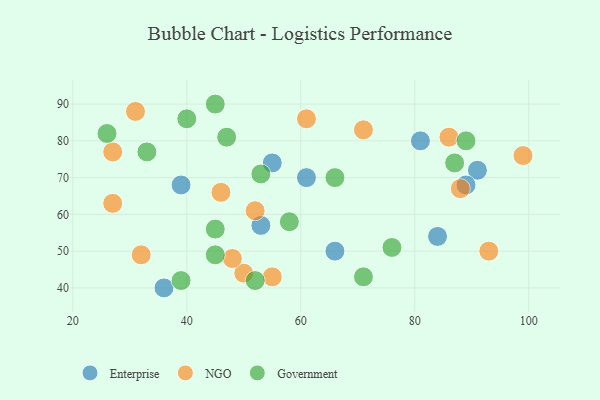
{"axis": {"x": "GDP", "y": "Life Expectancy"}, "legend": ["Enterprise", "Government", "NGO"], "data": [{"x": "84", "y": 54, "type": "Enterprise"}, {"x": "81", "y": 80, "type": "Enterprise"}, {"x": "55", "y": 74, "type": "Enterprise"}, {"x": "61", "y": 70, "type": "Enterprise"}, {"x": "66", "y": 50, "type": "Enterprise"}, {"x": "39", "y": 68, "type": "Enterprise"}, {"x": "53", "y": 57, "type": "Enterprise"}, {"x": "91", "y": 72, "type": "Enterprise"}, {"x": "36", "y": 40, "type": "Enterprise"}, {"x": "89", "y": 68, "type": "Enterprise"}, {"x": "31", "y": 88, "type": "NGO"}, {"x": "27", "y": 77, "type": "NGO"}, {"x": "50", "y": 44, "type": "NGO"}, {"x": "46", "y": 66, "type": "NGO"}, {"x": "61", "y": 86, "type": "NGO"}, {"x": "86", "y": 81, "type": "NGO"}, {"x": "99", "y": 76, "type": "NGO"}, {"x": "71", "y": 83, "type": "NGO"}, {"x": "93", "y": 50, "type": "NGO"}, {"x": "52", "y": 61, "type": "NGO"}, {"x": "55", "y": 43, "type": "NGO"}, {"x": "27", "y": 63, "type": "NGO"}, {"x": "32", "y": 49, "type": "NGO"}, {"x": "48", "y": 48, "type": "NGO"}, {"x": "88", "y": 67, "type": "NGO"}, {"x": "26", "y": 82, "type": "Government"}, {"x": "39", "y": 42, "type": "Government"}, {"x": "40", "y": 86, "type": "Government"}, {"x": "47", "y": 81, "type": "Government"}, {"x": "87", "y": 74, "type": "Government"}, {"x": "52", "y": 42, "type": "Government"}, {"x": "33", "y": 77, "type": "Government"}, {"x": "45", "y": 56, "type": "Government"}, {"x": "66", "y": 70, "type": "Government"}, {"x": "89", "y": 80, "type": "Government"}, {"x": "76", "y": 51, "type": "Government"}, {"x": "45", "y": 49, "type": "Government"}, {"x": "71", "y": 43, "type": "Government"}, {"x": "45", "y": 90, "type": "Government"}, {"x": "58", "y": 58, "type": "Government"}, {"x": "53", "y": 71, "type": "Government"}]}